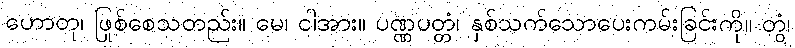
ဟောတု၊ ဖြစ်စေသတည်း။ မေ၊ ငါအား။ ပုဏ္ဏပတ္တံ၊ နှစ်သက်သောပေးကမ်းခြင်းကို။ တွံ၊